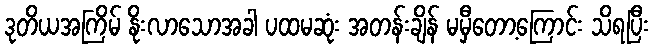
ဒုတိယအကြိမ် နိုးလာသောအခါ ပထမဆုံး အတန်းချိန် မမှီတော့ကြောင်း သိရပြီး